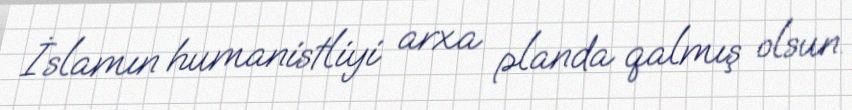
İslamın humanistliyi arxa planda qalmış olsun.